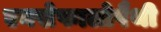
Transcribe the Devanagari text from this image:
एनसेफालोपैथी